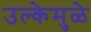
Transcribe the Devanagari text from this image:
उल्केमुळे